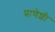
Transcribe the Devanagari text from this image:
प्राणेशी